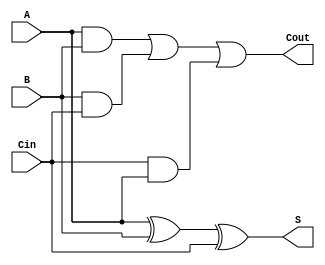
module fulladder_data_flow
(
 input A,
 input B,
 input Cin,
 
 output   S, 
 output   Cout
 );
 

assign S = A^B^Cin;
assign Cout = (A&B)|(B&Cin)|(Cin&A);
 
endmodule